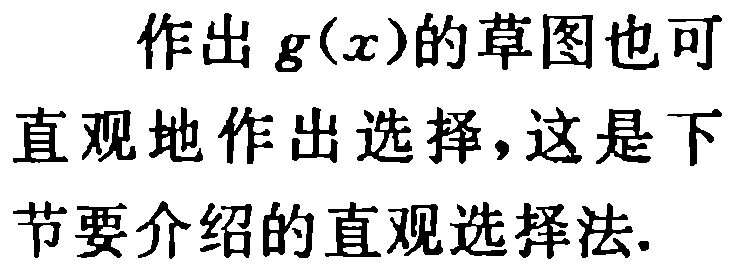
作出 \(g(x)\)的草图也可直观地作出选择，这是下节要介绍的直观选择法.